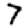
Digit: 7